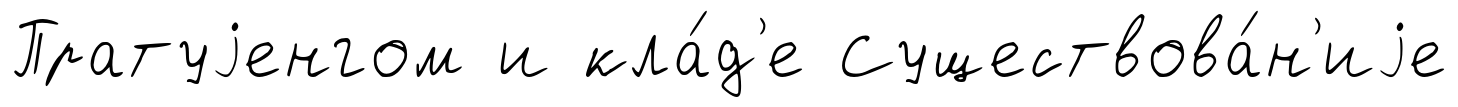
Пратуjенгом и кла́д'е Существова́н'иjе